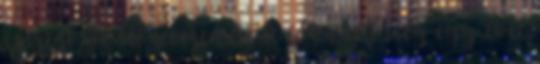
szerint az előzetesen leült időn túl még egy évet